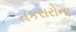
તકરારોના